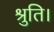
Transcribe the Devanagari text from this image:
श्रुति।